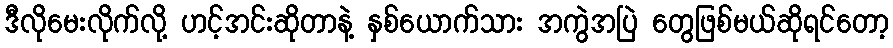
ဒီလိုမေးလိုက်လို့ ဟင့်အင်းဆိုတာနဲ့ နှစ်ယောက်သား အကွဲအပြဲ တွေဖြစ်မယ်ဆိုရင်တော့